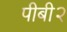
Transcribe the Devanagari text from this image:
पीबी२